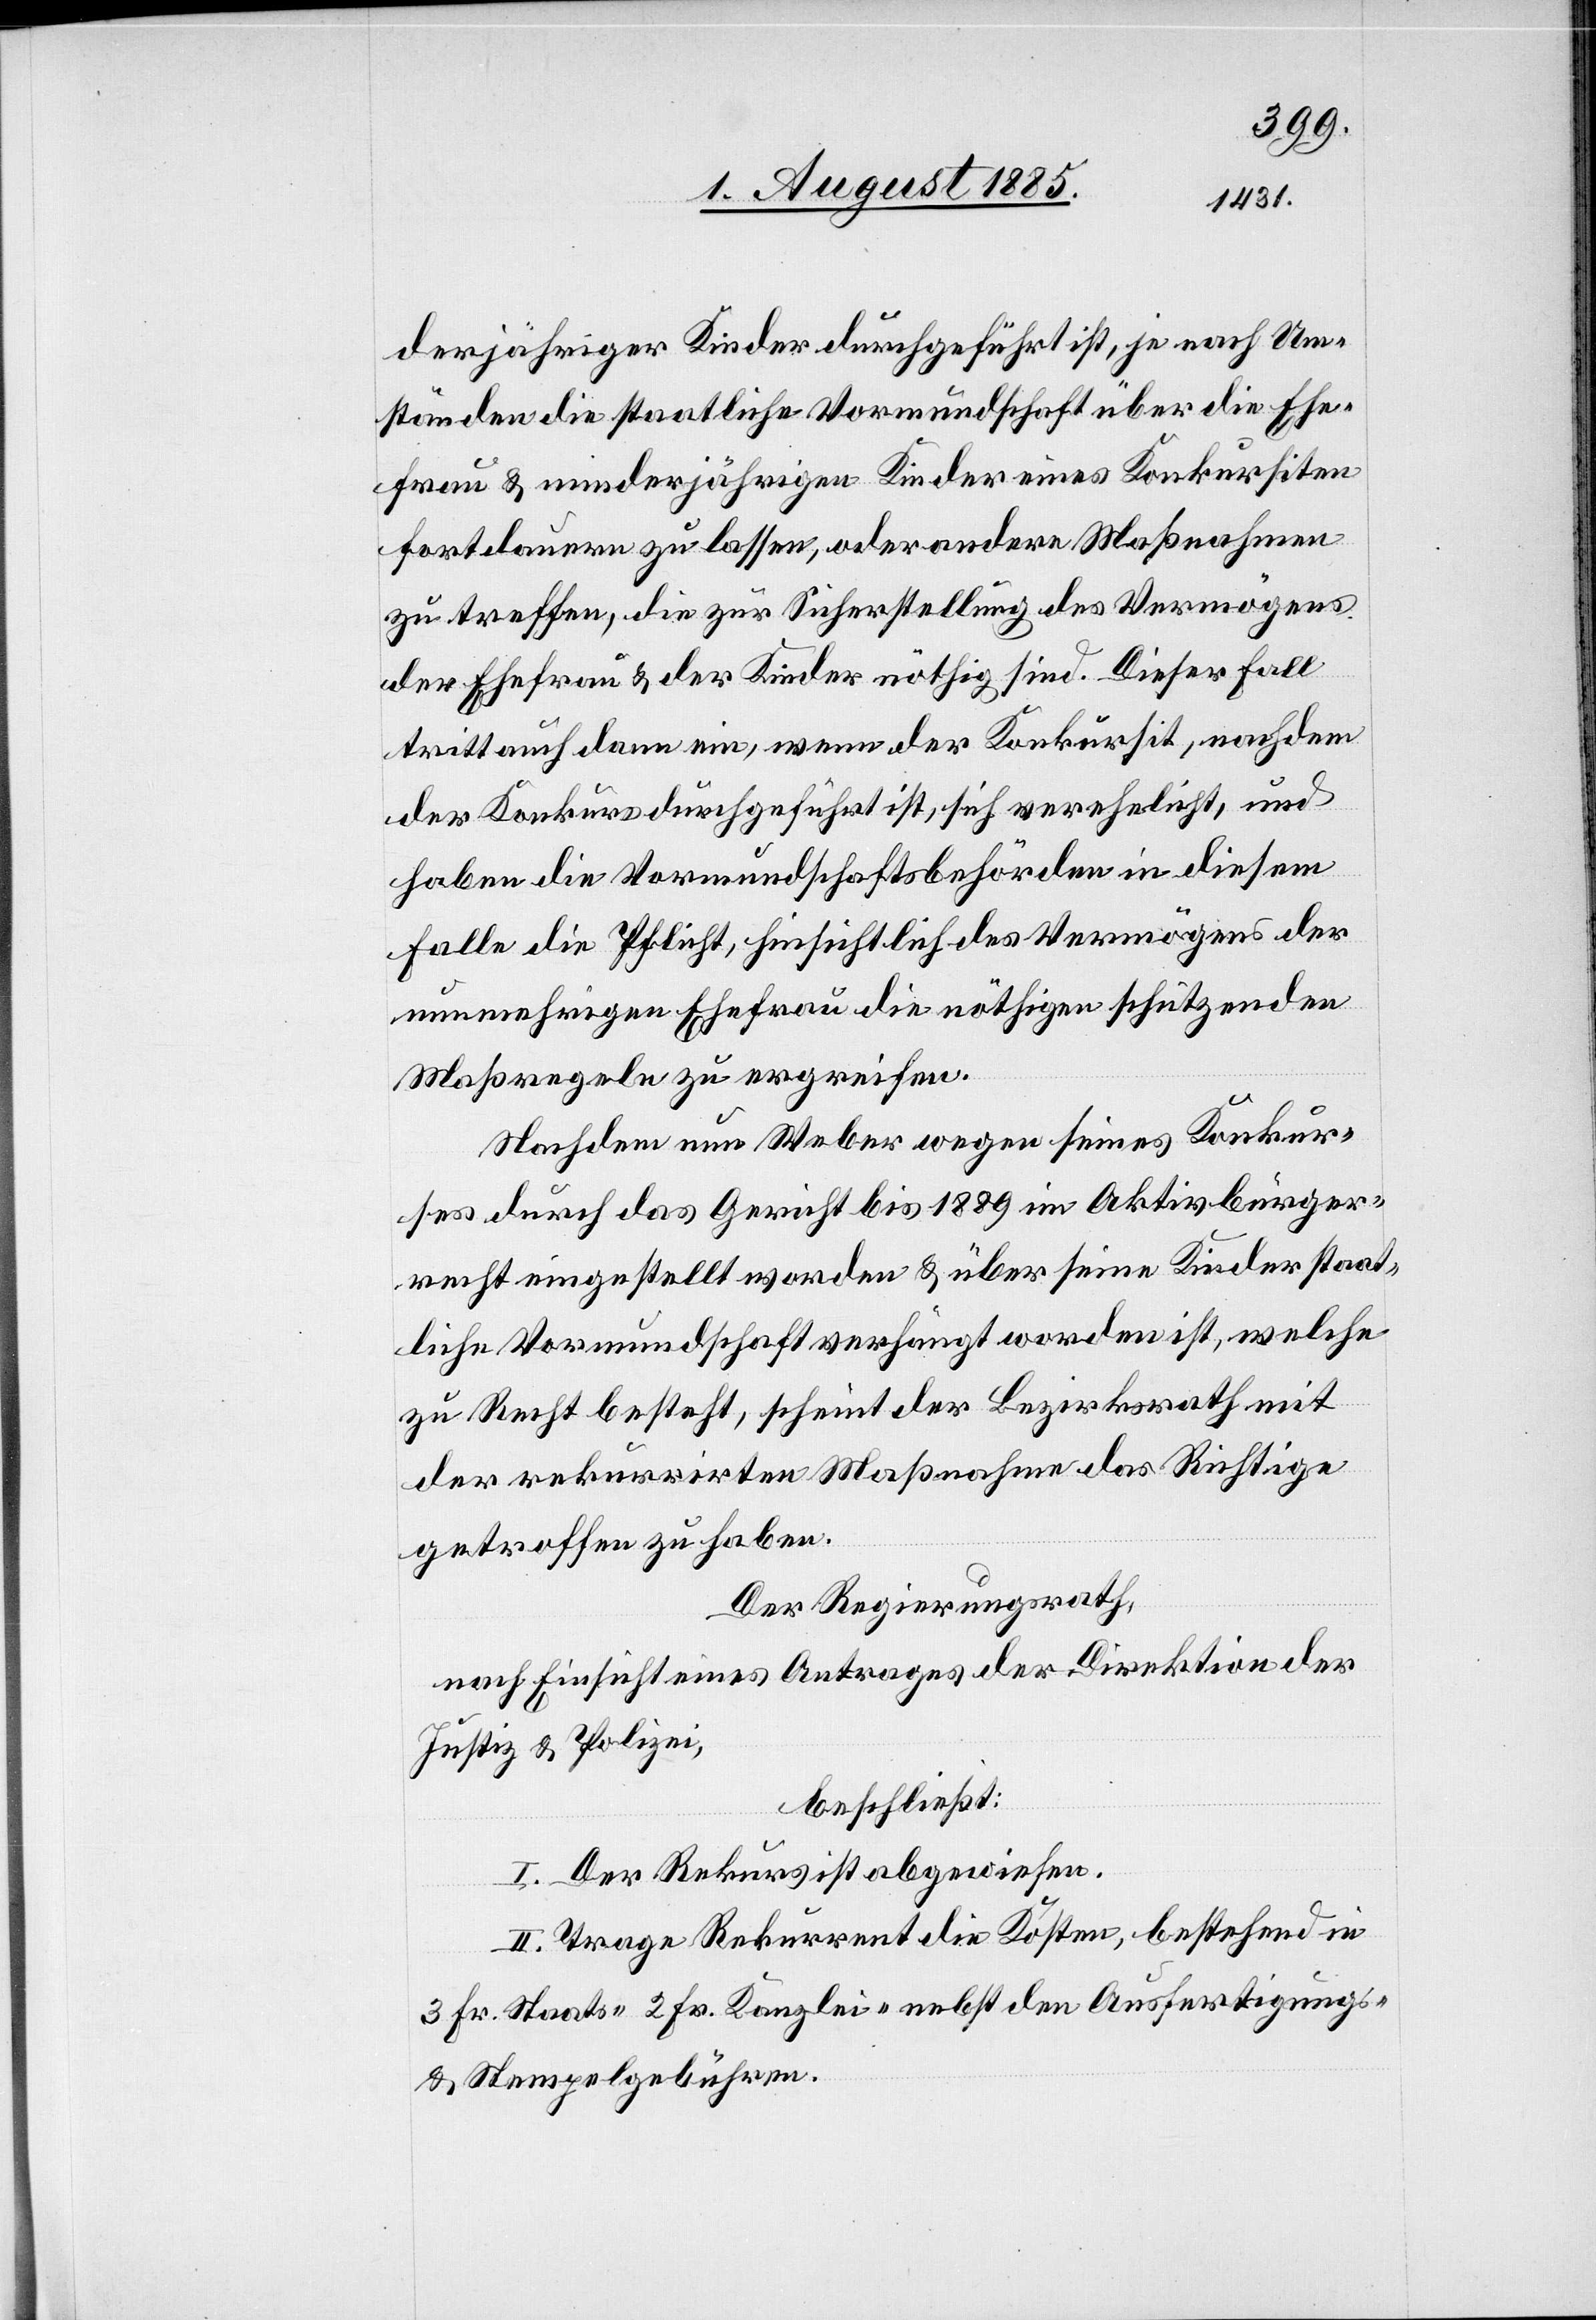
derjähriger Kinder durchgeführt ist, je nach Um¬
ständen die staatliche Vormundschaft über die Ehe¬
frau & minderjährigen Kinder eines Konkursiten
fortdauern zu lassen, oder andere Maßnahmen
zu treffen, die zur Sicherstellung des Vermögens
der Ehefrau & der Kinder nöthig sind. Dieser Fall
tritt auch dann ein, wenn der Konkursit, nachdem
der Konkurs durchgeführt ist, sich verehelicht, und
haben die Vormundschaftsbehörden in diesem
Falle die Pflicht, hinsichtlich des Vermögens der
nunmehrigen Ehefrau die nöthigen schützenden
Maßregeln zu ergreifen.
Nachdem nun Weber wegen seines Konkur¬
ses durch das Gericht bis 1889 im Aktivbürger¬
recht eingestellt worden & über seine Kinder staat¬
liche Vormundschaft verhängt worden ist, welche
zu Recht besteht, scheint der Bezirksrath mit
der rekurrirten Maßnahme das Richtige
getroffen zu haben.
Der Regierungsrath,
nach Einsicht eines Antrages der Direktion der
Justiz & Polizei,
beschließt:
I. Der Rekurs ist abgewiesen.
II. Trage Rekurrent die Kosten, bestehend in
3 Fr. Staats-[,] 2 Fr. Kanzlei- nebst den Ausfertigungs-
& Stempelgebühren.